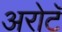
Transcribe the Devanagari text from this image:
अरोटॅ